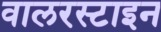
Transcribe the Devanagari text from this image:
वालरस्टाइन